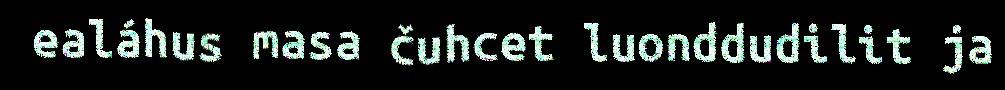
ealáhus masa čuhcet luonddudilit ja